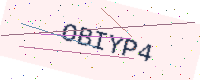
Text: OBIYP4